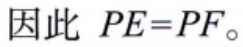
因此 \(PE = PF\)。